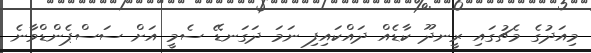
މިއަދުގެ މެޗުގައި ރީނދޫ ކާޑެއް ދައްކައިފި ނަމަ ދަގަނޑޭ ސެމީ އަށް ސަސްޕެންޑްވާނެ